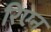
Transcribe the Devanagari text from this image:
रिएन